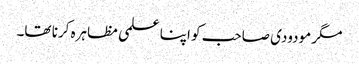
مگر مودودی صاحب کو اپنا علمی مظاہرہ کرنا تھا۔